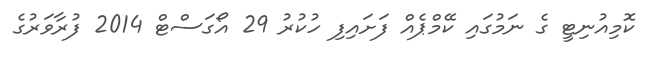
ކޮމިއުނިޓީ ގެ ނަމުގައި ކޭމްޕެއް ފަށައިފި ހުކުރު 29 އޯގަސްޓް 2014 ފުރާވަރުގެ